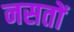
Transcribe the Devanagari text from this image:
नसतों